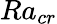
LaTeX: Ra_{cr}